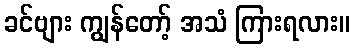
ခင်ဗျား ကျွန်တော့် အသံ ကြားရလား။